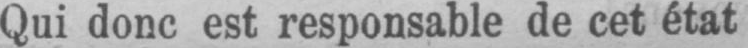
Qui donc est responsable de cet état